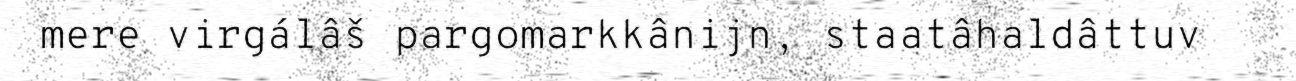
mere virgálâš pargomarkkânijn, staatâhaldâttuv